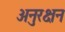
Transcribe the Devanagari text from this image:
अनुरक्षन